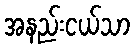
အနည်းငယ်သာ